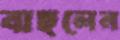
বাছলেন